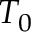
T _ { 0 }